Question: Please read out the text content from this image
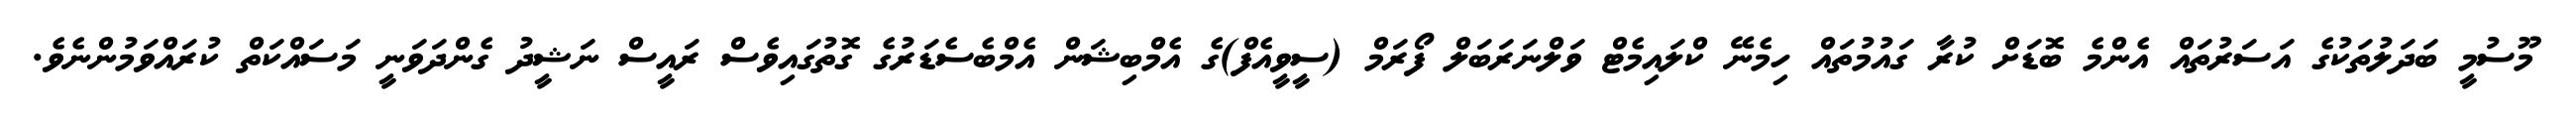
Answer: މޫސުމީ ބަދަލުތަކުގެ އަސަރުތައް އެންމެ ބޮޑަށް ކުރާ ގައުމުތައް ހިމެނޭ ކްލައިމެޓް ވަލްނަރަބަލް ފޯރަމް (ސީވީއެފް)ގެ އެމްބިޝަން އެމްބެސެޑަރުގެ ގޮތުގައިވެސް ރައީސް ނަޝީދު ގެންދަވަނީ މަސައްކަތް ކުރައްވަމުންނެވެ.